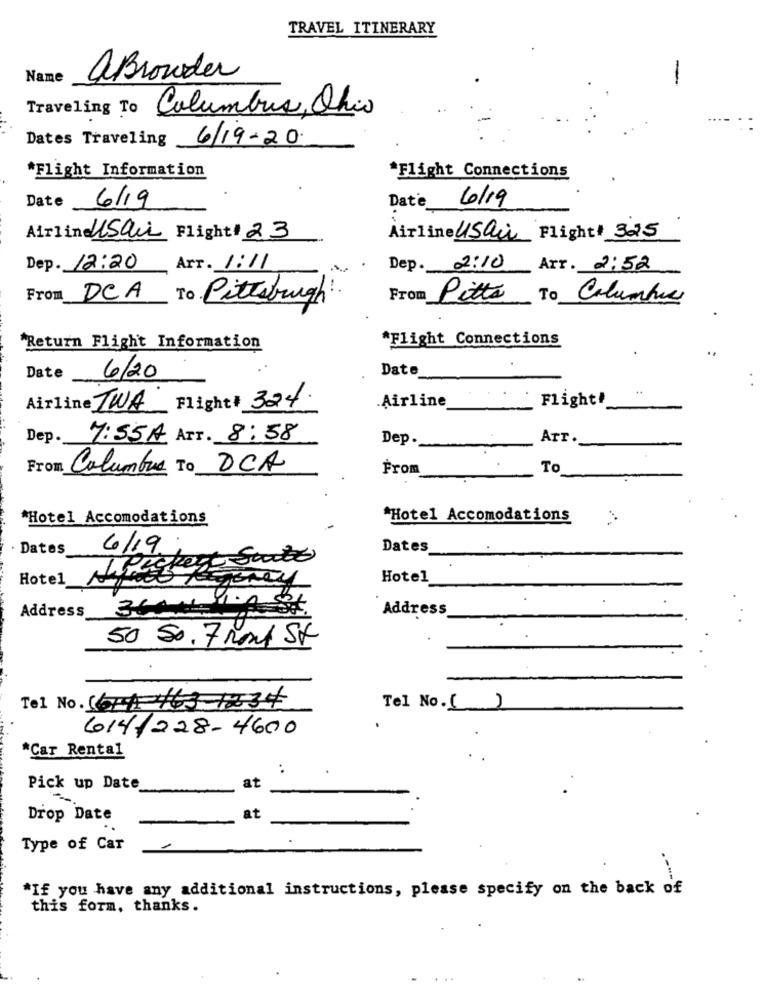
TRAVEL ITINERARY
Name
aBrowder
Traveling To Columbus, Ohio
Dates Traveling 6/19-20
*Flight Information
*Flight Connections
Date 6/19
6/19
Date
Airline USau Flight# 23
Airline USair Flight 325
Dep. 12:20
Art. 1:11
Dep. 2:10
Arr. 2:52
From DCA
To
Pittsburgh
From
Pitts
To
Columbia
*Flight Connections
"Return Flight Information
Date
Date
6/20
Airline
Flight!
Airline TWA Flight # 324.
Dep.
7:55A ATT. 8:58
Dep.
ATT.
From Columbus To OCA
From
To
*Hotel Accomodations
*Hotel Accomodations
Dates
6/19
Dates
Hotel
Hotel
Address
364
Address
50 50. 7 Ront St
Tel No. 16-1-163-1234
Tel No.()
614/228 - 4600
*Car Rental
Pick up Date
at
Drop Date
at
Type of Car
-
*If you have any additional instructions, please specify on the back of
this form, thanks.
...